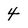
Character: 4